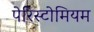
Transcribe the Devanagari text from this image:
पेरिस्टोमियम